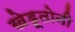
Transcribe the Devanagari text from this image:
खेडूतोनी